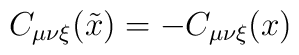
C_{\mu \nu \xi} (\tilde{x}) = - C_{\mu \nu \xi} (x)